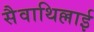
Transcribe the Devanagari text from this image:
सैवाथिल्लाई